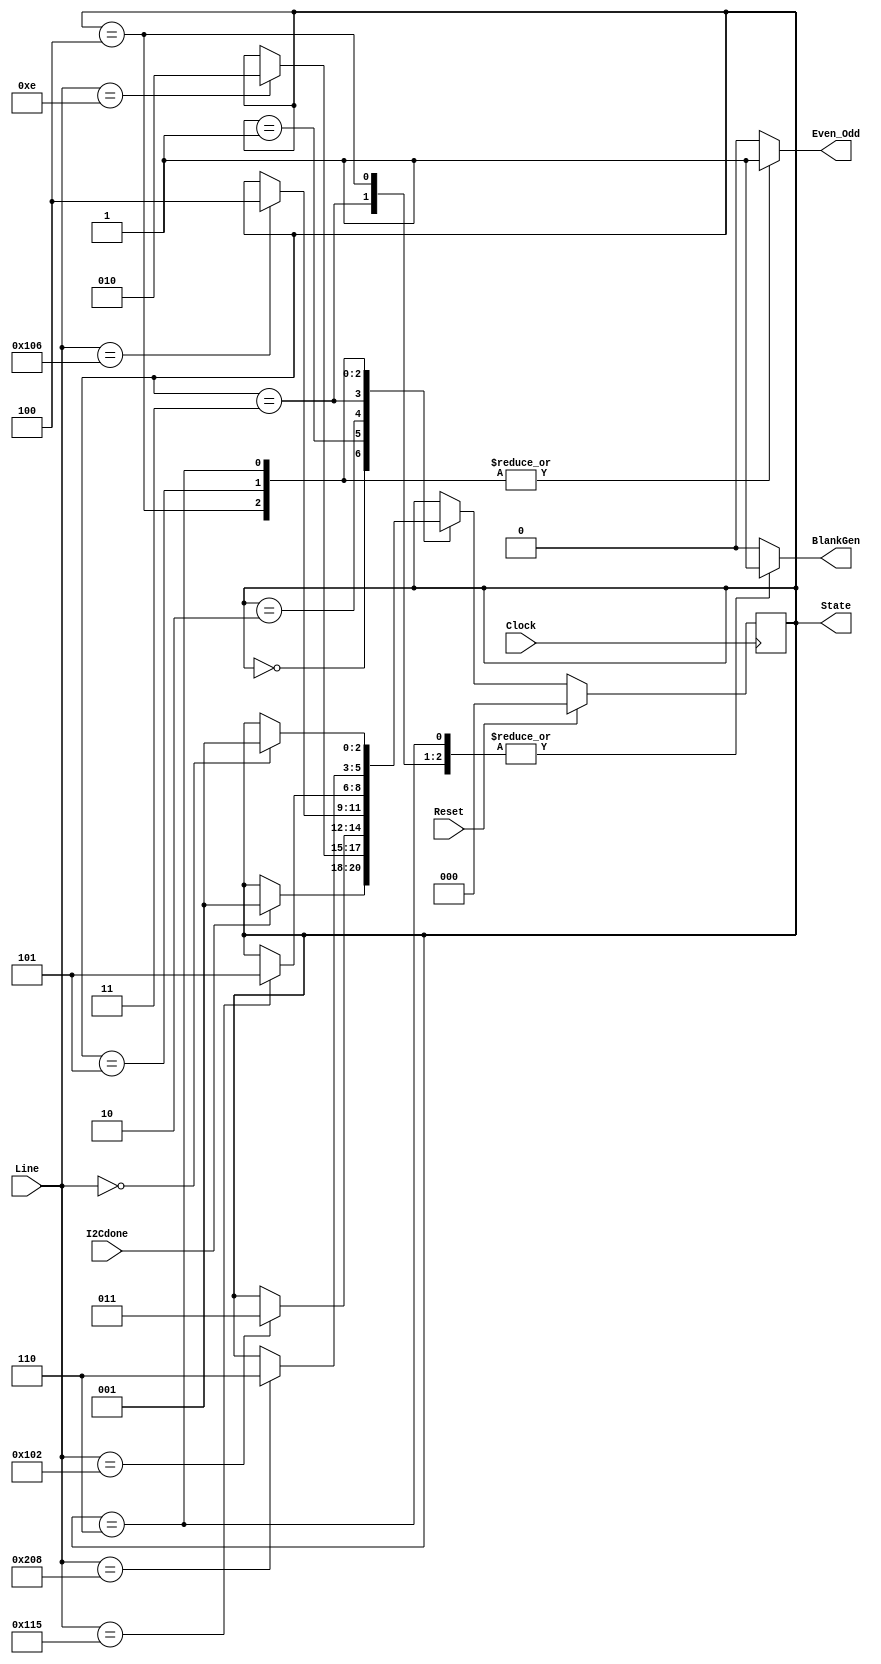
//////////////////////////////////////////////////////////////////////////////////
// Company: 
// Engineer: 
// 
// Design Name: 
// Module Name:    VFSM 
// Project Name: 
// Target Devices: 
// Tool versions: 
// Description: 
//
// Dependencies: 
//
// Revision: 
// Revision 0.01 - File Created
// Additional Comments: 
//
//////////////////////////////////////////////////////////////////////////////////
module VFSM(Clock, Reset, I2Cdone, Line, BlankGen, Even_Odd, State);
   //Inputs
	input Clock;
   input Reset;
	input I2Cdone;
   input [9:0] Line;
    
	//Outputs
	output BlankGen;
   output Even_Odd;
	output [2:0] State;
	 
	 
	//Regs and Wires
	reg[2:0] CurState;
	reg[2:0] NextState;
	reg BlankGen;
	reg Even_Odd;
	 
	assign State = CurState;

	parameter	STATE_Init = 3'h0;
	parameter	STATE_Blank_Odd = 3'h1;
	parameter	STATE_Active_Odd = 3'h2;
	parameter	STATE_Blank_Odd2 =	3'h3;
	parameter	STATE_Blank_Even2 =	3'h4;
	parameter	STATE_Active_Even = 3'h5;
	parameter	STATE_Blank_Even = 3'h6;
	
	always @(posedge Clock)	begin
		if(Reset)
			CurState <= STATE_Init;
		else
			CurState <= NextState;
	end
	
	always @ ( Line or CurState or I2Cdone ) begin
		NextState = CurState;
		BlankGen = 1'b0;
		Even_Odd = 1'b0;
		
		case(CurState)
			STATE_Init:	begin
				if(I2Cdone)
					NextState = STATE_Blank_Odd;
				
				//Outputs
				BlankGen = 1'b1;
			end
			
			STATE_Blank_Odd: begin
				if(Line == 10'd14)
					NextState = STATE_Active_Odd;
					
				//Outputs
				BlankGen = 1'b1;
			end
			
			STATE_Active_Odd: begin
				if(Line == 10'd258)
					NextState = STATE_Blank_Odd2;
					
			end
			
			STATE_Blank_Odd2: begin
				if(Line == 10'd262)
					NextState = STATE_Blank_Even2;
					
				//Outputs
				BlankGen = 1'b1;
			end
			
			STATE_Blank_Even2: begin
				if(Line == 10'd277)
					NextState = STATE_Active_Even;
					
				//Outputs
				BlankGen = 1'b1;
				Even_Odd = 1'b1;
			end
			
			STATE_Active_Even: begin
				if(Line == 10'd520)
					NextState = STATE_Blank_Even;
				
				//Outputs
				 Even_Odd = 1'b1;
			end
			
			STATE_Blank_Even: begin
				if(Line == 10'd0)
					NextState = STATE_Blank_Odd;
	
				//Outputs
				BlankGen = 1'b1;
				Even_Odd = 1'b1;
			end
			
			default: begin
			end
		endcase
	end

endmodule